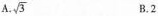
A.\sqrt{3} B.2